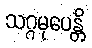
သဂ္ဂမုပေန္တိ